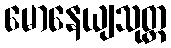
မောနေယျသုတ္တ